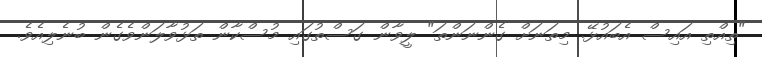
"ތިއްތި އައިސް އެބައުޅޭ. މިތަނަށް ގެންނަންތަ" ލީވާން ގަސްތުގައި މުސްކާން ތަޅުވާލަންވެގެން ބުނެލިއެވެ.